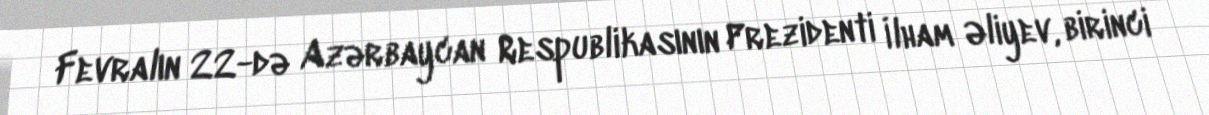
Fevralın 22-də Azərbaycan Respublikasının Prezidenti İlham Əliyev, birinci